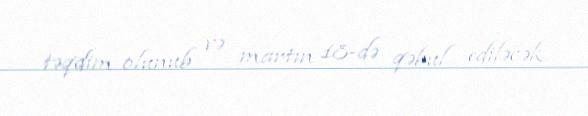
təqdim olunub və martın 18-də qəbul ediləcək.